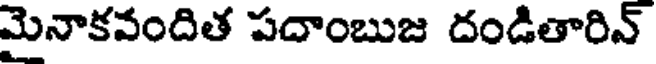
మైనాకవందిత పదాంబుజ దండితారిన్